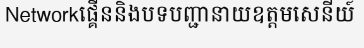
Networkផ្គើននិងបទបញ្ជានាយឧត្តមសេនីយ៍